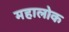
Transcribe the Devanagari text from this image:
महालोक